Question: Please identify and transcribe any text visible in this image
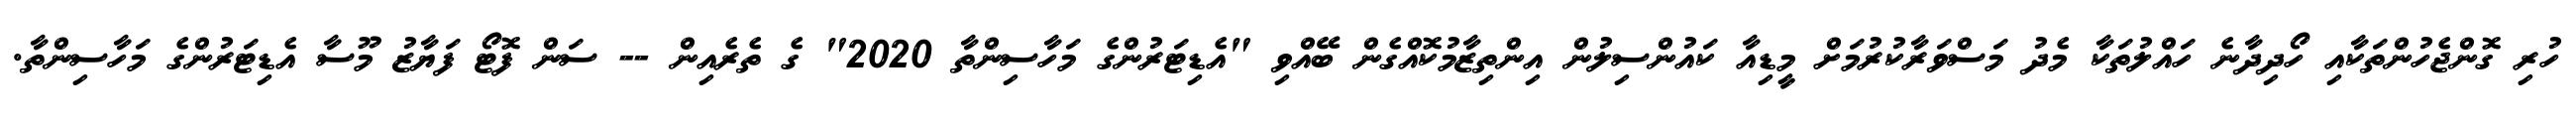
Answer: ހުރި ގޮންޖެހުންތަކާއި ހޯދިދާނެ ހައްލުތަކާ މެދު މަސްވަރާކުރުމަށް މީޑިއާ ކައުންސިލުން އިންތިޒާމުކޮއްގެން ބޭއްވި "އެޑިޓަރުންގެ މަހާސިންތާ 2020" ގެ ތެރެއިން -- ސަން ފޮޓޯ ފަޔާޒު މޫސާ އެޑިޓަރުންގެ މަހާސިންތާ.